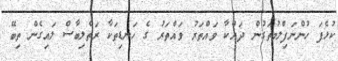
ކުޅެފަ ހުންނަފިލްމުތަގުން ދައްކާ ވައްތަރު ވައްތަރު ގެ ހަނޑިތަކާ ރަތްލިބާސް ލައިގެން ތިބޭ